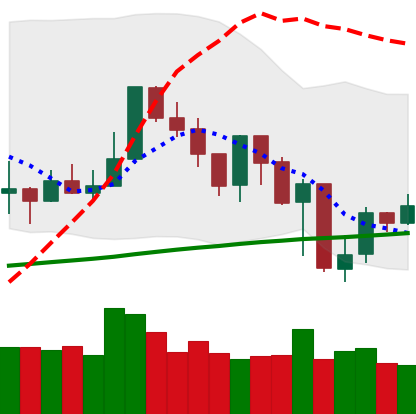
Ticker: XMR-USD
Chart end date: 2019-07-20
Forward return: -5.438%
Label: down_5_7